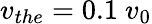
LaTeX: v_{the}=0.1\ v_{0}